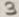
Text: 3